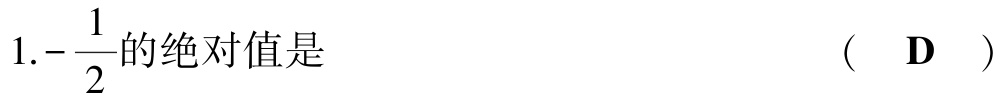
1.$-\dfrac{1}{2}$的绝对值是  （  D  ）